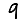
Digit: 9